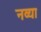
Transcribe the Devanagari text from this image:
नव्‍या